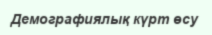
Демографиялық күрт өсу